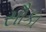
સૌકા